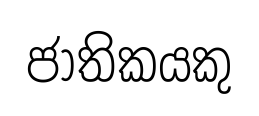
ජාතිකයකු